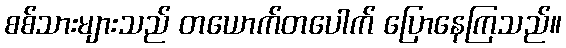
စစ်သားများသည် တယောက်တပေါက် ပြောနေကြသည်။